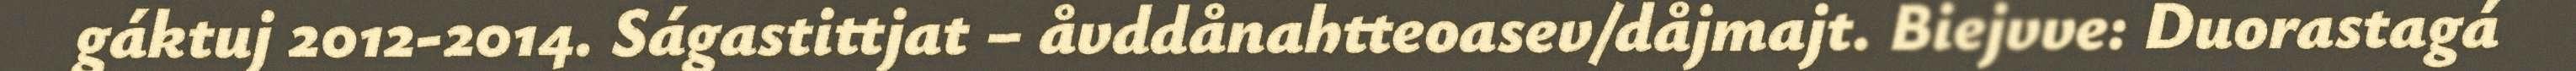
gáktuj 2012-2014. Ságastittjat – åvddånahtteoasev/dåjmajt. Biejvve: Duorastagá